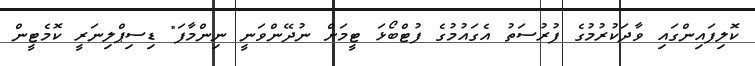
ކޮލިފައިންގައި ވާދަކުރުމުގެ ފުރުސަތު އެގައުމުގެ ފުޓްބޯޅަ ޓީމަށް ނުދޭންވަނީ ނިންމާފަ" ޑިސިޕްލިނަރީ ކޮމެޓީން